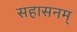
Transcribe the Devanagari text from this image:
सहासनम्